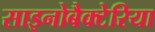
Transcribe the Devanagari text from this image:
साइनोबैक्टेरिया